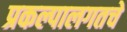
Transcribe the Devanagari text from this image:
प्रकल्पालगतचे